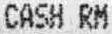
CASH RM